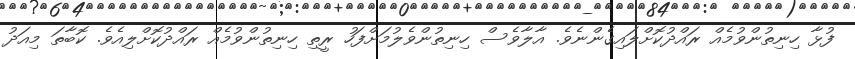
ފުޅާ ހިނިތުންވުމެއް ރައްދުކޮށްލައިގެންނެވެ. އާލާވެސް ހިނިތުންވެލުމަށްފަހު ރީތި ހިނިތުންވުމެއް ރައްދުކޮށްލިއެވެ. ކޮބާތަ މިއަދު